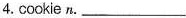
4.cookie n. ___